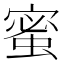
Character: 蜜